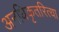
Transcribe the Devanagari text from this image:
अनधिकृतरित्या